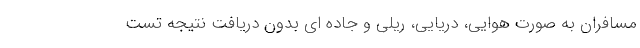
مسافران به صورت هوایی، دریایی، ریلی و جاده ای بدون دریافت نتیجه تست